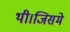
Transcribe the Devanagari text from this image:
थी।जिसमे